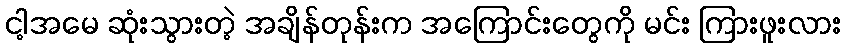
ငါ့အမေ ဆုံးသွားတဲ့ အချိန်တုန်းက အကြောင်းတွေကို မင်း ကြားဖူးလား